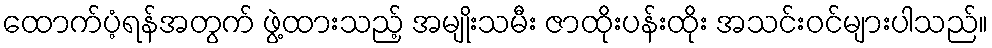
ထောက်ပံ့ရန်အတွက် ဖွဲ့ထားသည့် အမျိုးသမီး ဇာထိုးပန်းထိုး အသင်းဝင်များပါသည်။